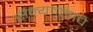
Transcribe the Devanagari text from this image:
सैन्यदलाचे